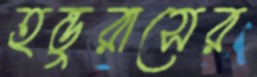
হন্ডুরাসের